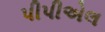
પીપીએલ